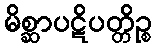
မိစ္ဆာပဋိပတ္တိဉ္စ